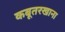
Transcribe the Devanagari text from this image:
कबूतरखाना